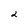
Character: 2